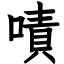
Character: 嘖